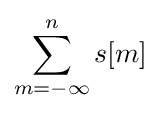
\sum _{m=-\infty }^{n}s[m]\!